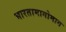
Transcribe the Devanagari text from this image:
भारतामागोमाग